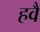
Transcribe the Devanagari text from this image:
हवै